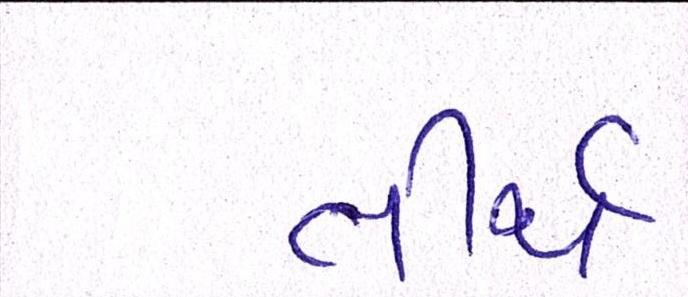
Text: તીર્થ